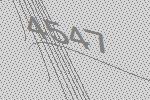
4547